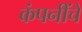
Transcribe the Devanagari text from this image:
कंपनींचे